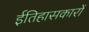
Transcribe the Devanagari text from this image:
ईतिहासकारों